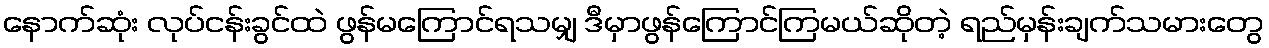
နောက်ဆုံး လုပ်ငန်းခွင်ထဲ ဖွန်မကြောင်ရသမျှ ဒီမှာဖွန်ကြောင်ကြမယ်ဆိုတဲ့ ရည်မှန်းချက်သမားတွေ